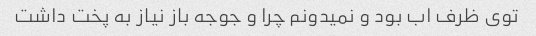
توی ظرف اب بود و نمیدونم چرا و جوجه باز نیاز به پخت داشت